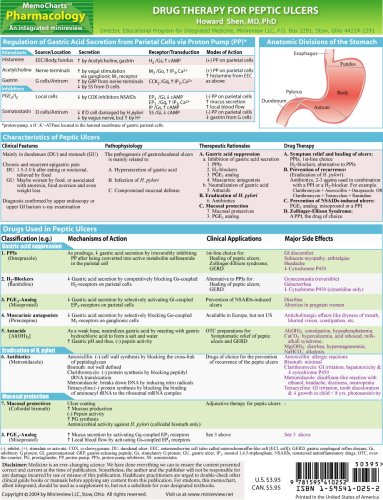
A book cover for MemoCharts Pharmacology: Drug therapy for peptic ulcers (Review chart) (Paperback); Howard Shen; Health, Fitness & Dieting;